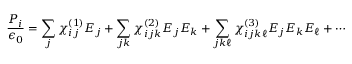
{ \frac { P _ { i } } { \epsilon _ { 0 } } } = \sum _ { j } \chi _ { i j } ^ { ( 1 ) } E _ { j } + \sum _ { j k } \chi _ { i j k } ^ { ( 2 ) } E _ { j } E _ { k } + \sum _ { j k \ell } \chi _ { i j k \ell } ^ { ( 3 ) } E _ { j } E _ { k } E _ { \ell } + \cdots